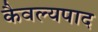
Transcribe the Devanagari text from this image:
कैवल्यपाद